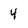
Character: 4